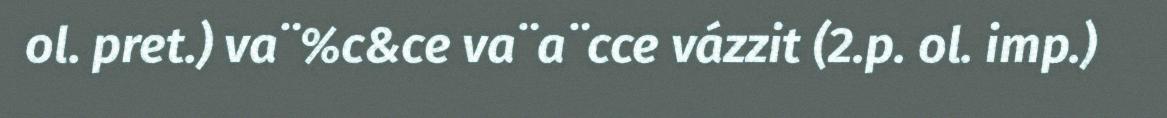
ol. pret.) va¨%c&ce va¨a¨cce vázzit (2.p. ol. imp.)